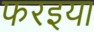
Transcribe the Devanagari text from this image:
फरइया